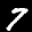
Label: 7